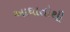
આઘાતોથી